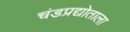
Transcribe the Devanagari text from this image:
चंडप्रद्योताला